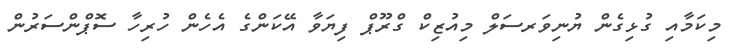
މިކަމާއި ގުޅިގެން ޔުނިވަރސަލް މިއުޒިކް ގްރޫޕް ފިޔަވާ އޭކަންގެ އެހެން ހުރިހާ ސޮޕްންސަރުން